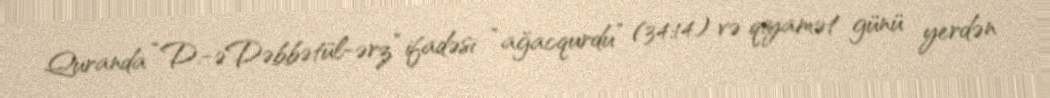
Quranda “D.-əDəbbətül-ərz” ifadəsi “ağacqurdu” (34:14) və qiyamət günü yerdən